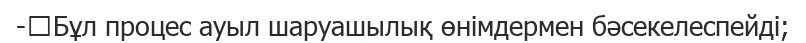
-	Бұл процес ауыл шаруашылық өнімдермен бәсекелеспейді;